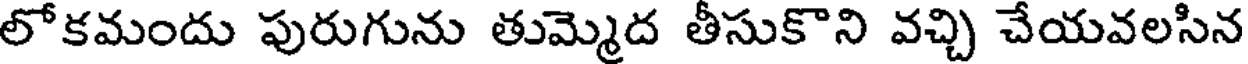
లోకమందు పురుగును తుమ్మెద తీసుకొని వచ్చి చేయవలసిన